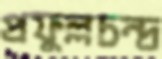
প্রফুল্লচন্দ্র